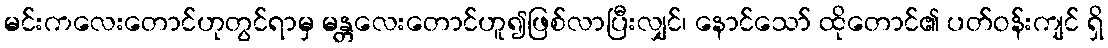
မင်းကလေးတောင်ဟုတွင်ရာမှ မန္တလေးတောင်ဟူ၍ဖြစ်လာပြီးလျှင်၊ နောင်သော် ထိုတောင်၏ ပတ်ဝန်းကျင် ရှိ